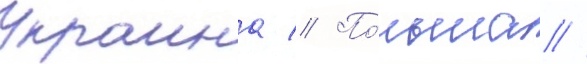
Украина // По́льша //